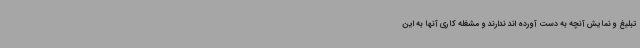
تبلیغ و نمایش آنچه به دست آورده اند ندارند و مشغله کاری آنها به این